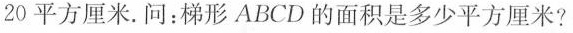
20平方厘米.问:梯形ABCD的面积是多少平方厘米？